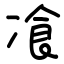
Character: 飡